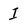
Character: I